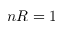
n R = 1